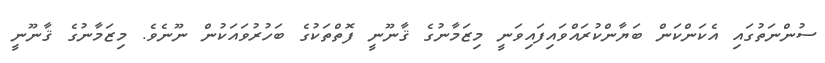
ސުންނަތުގައި އެކަންކަން ބަޔާންކުރައްވައިފައިވަނީ މިޒަމާނުގެ ޤާނޫނީ ފޮތްތަކުގެ ބަހުރުވައަކުން ނޫނެވެ. މިޒަމާނުގެ ޤާނޫނީ